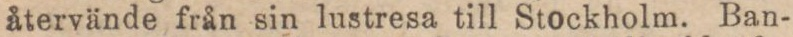
återvände från sin lustresa till Stockholm. Ban-